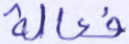
فعالة